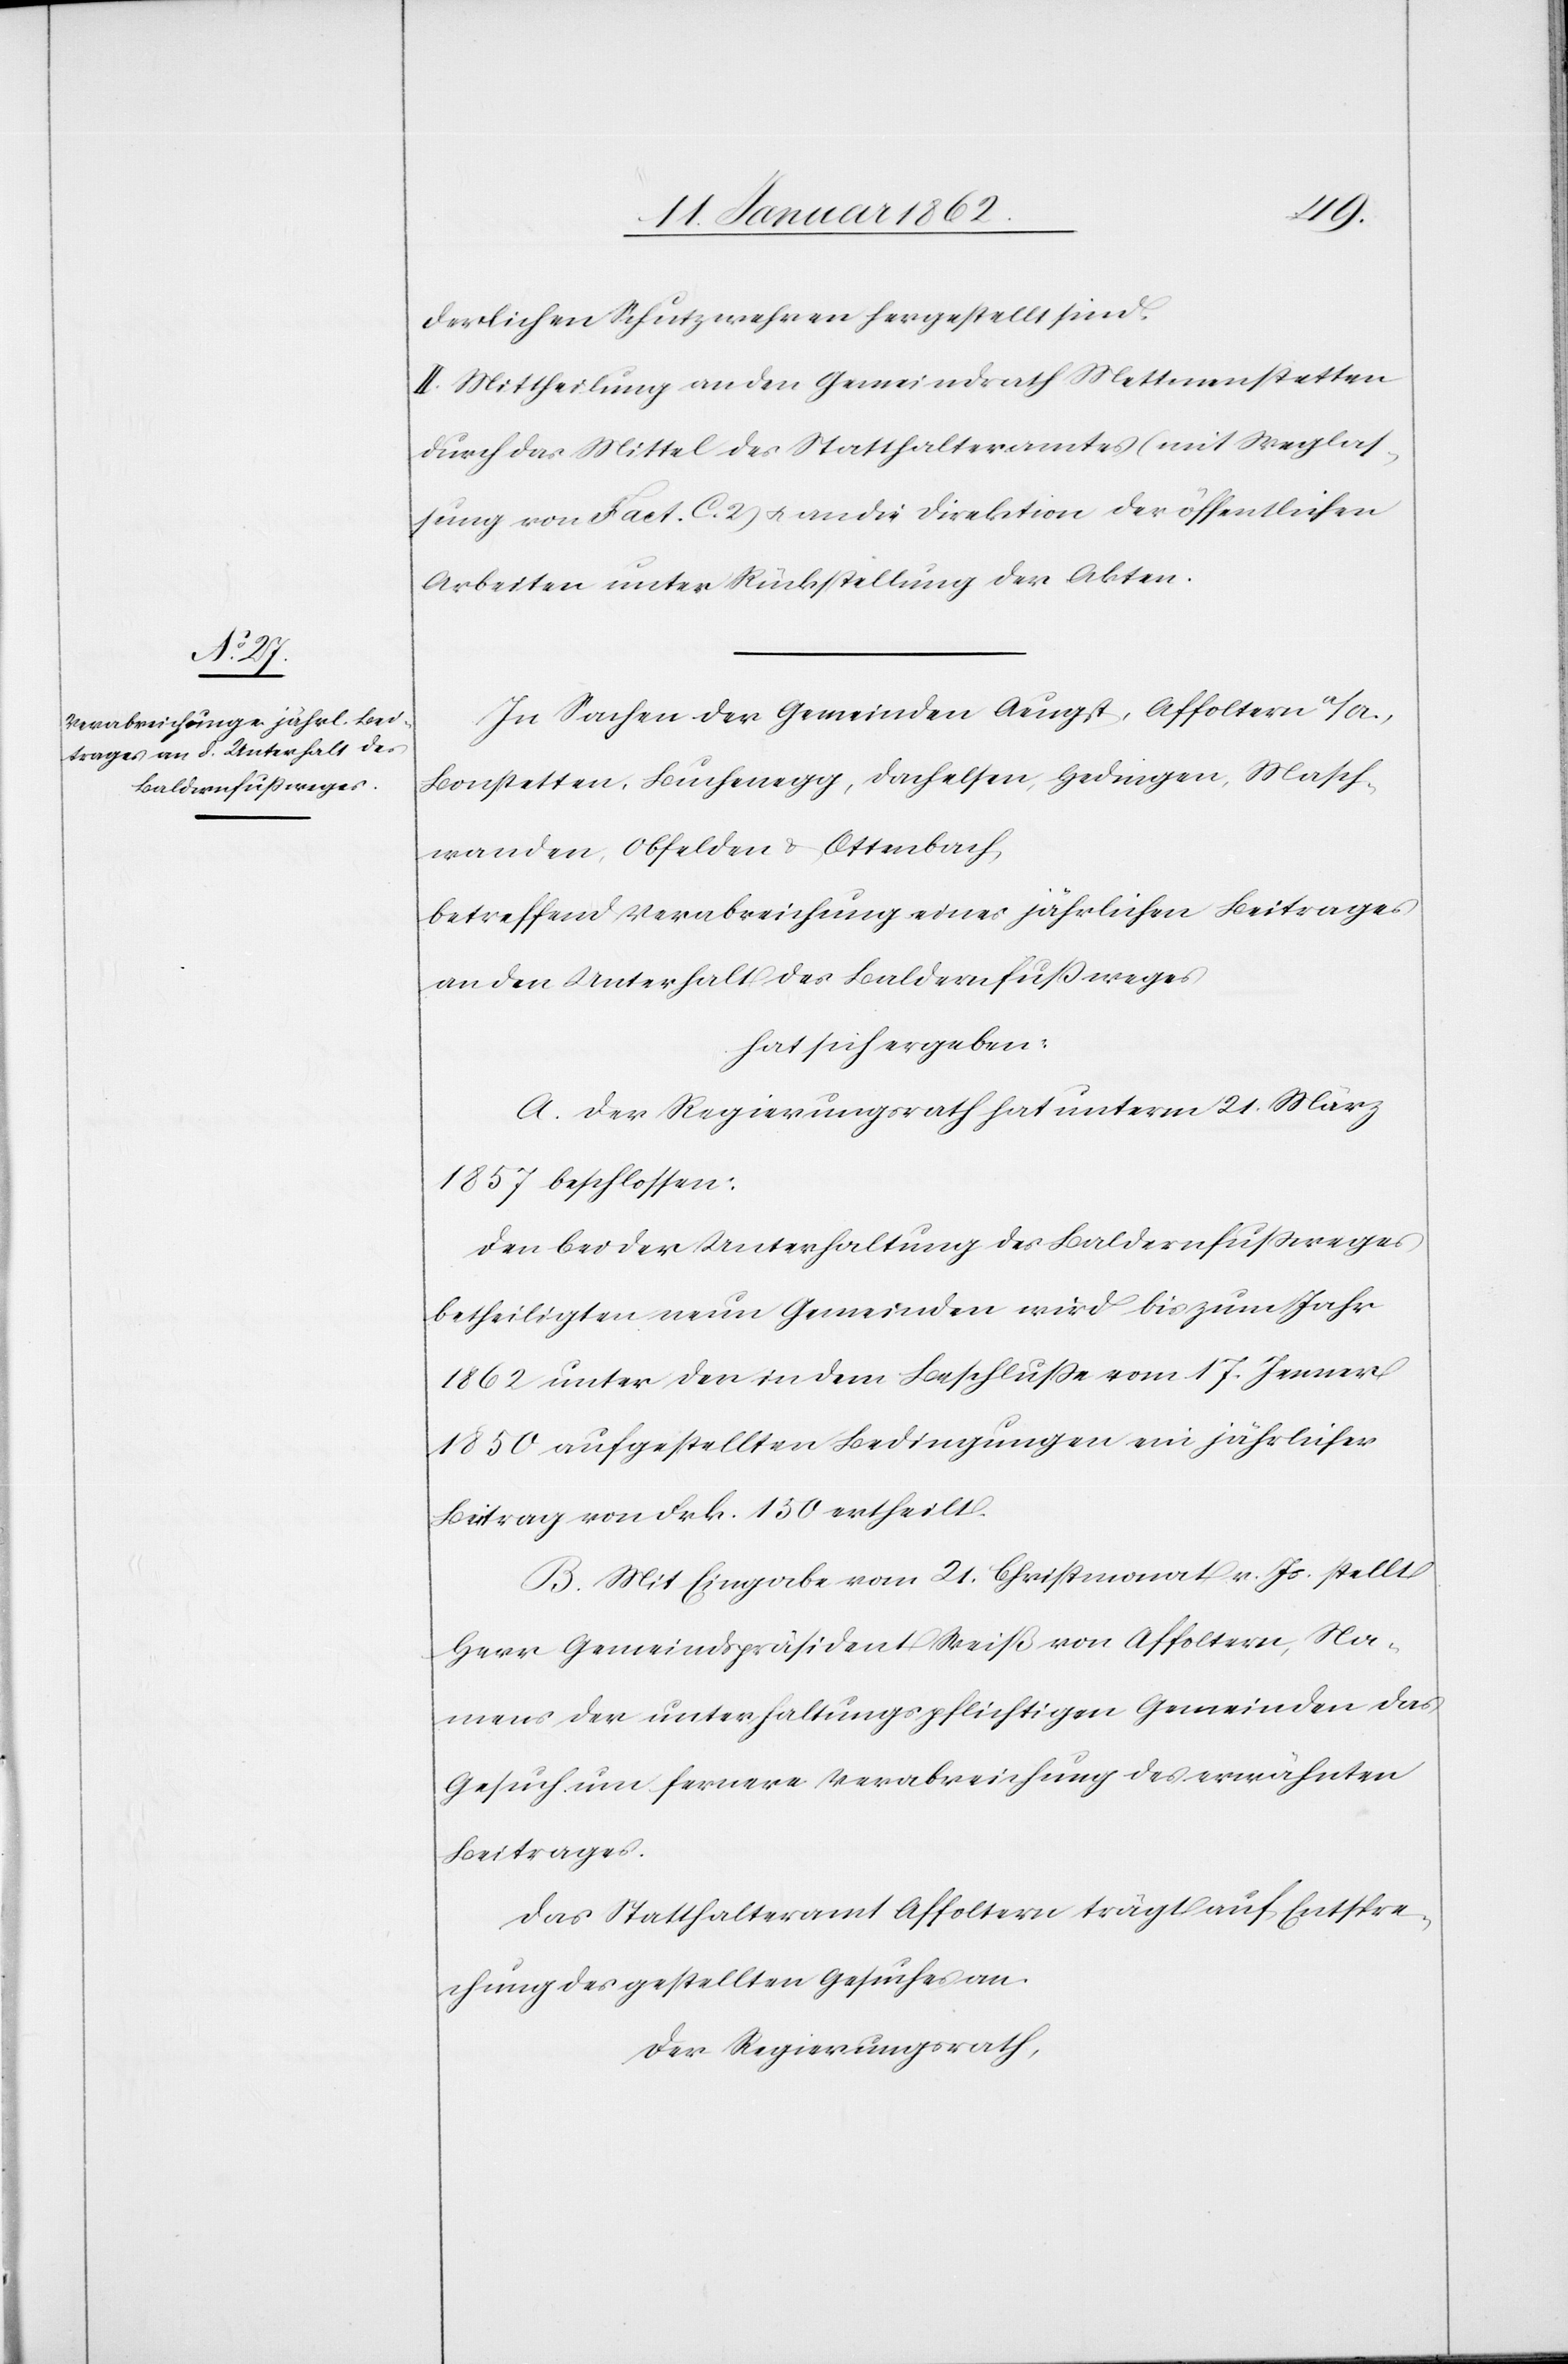
derlichen Schutzwehren hergestellt sind.
II. Mittheilung an den Gemeindrath Mettmenstetten
durch das Mittel des Statthalteramtes (mit Weglas¬
sung von Fact. C. 2) u. an die Direktion der öffentlichen
Arbeiten unter Rückstellung der Akten.
In Sachen der Gemeinden Aeugst, Affoltern a/A.,
Bonstetten, Buchenegg, Dachelsen, Hedingen, Masch¬
wanden, Obfelden u. Ottenbach,
betreffend Verabreichung eines jährlichen Beitrages
an den Unterhalt des Baldenfußweges
hat sich ergeben:
A. Der Regierungsrath hat unterm 21. März
1857 beschlossen:
Den bei der Unterhaltung des Baldernfußweges
betheiligten neun Gemeinden wird bis zum Jahr
1862 unter den in dem Beschluße vom 17. Jenner
1850 aufgestellten Bedingungen ein jährlicher
Beitrag von Frk. 150 ertheilt.
B. Mit Eingabe vom 21. Christmonat v. Js. stellt
Herr Gemeindspräsident Weiß von Affoltern, Na¬
mens der unterhaltungspflichtigen Gemeinden das
Gesuch um fernere Verabreichung des erwähnten
Beitrages.
Das Statthalteramt Affoltern trägt auf Entspre¬
chung des gestellten Gesuches an.
Der Regierungsrath,